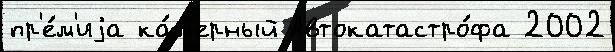
пр'е́м'иjа ка́м'ерный Автокатастро́фа 2002